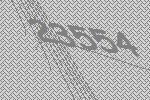
23554